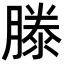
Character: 滕